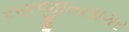
રણજીતસાગર